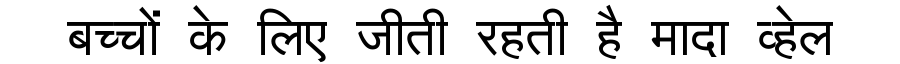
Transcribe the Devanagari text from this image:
बच्चों के लिए जीती रहती है मादा व्हेल